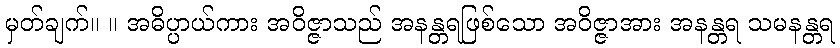
မှတ်ချက်။ ။ အဓိပ္ပာယ်ကား အဝိဇ္ဇာသည် အနန္တရဖြစ်သော အဝိဇ္ဇာအား အနန္တရ သမနန္တရ